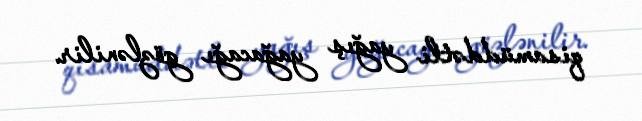
qisamüddətli yağış yağacağı gözlənilir.